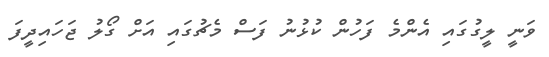
ވަނީ ލީގުގައި އެންމެ ފަހުން ކުޅުނު ފަސް މެޗުގައި އަށް ގޯލު ޖަހައިދީފަ